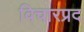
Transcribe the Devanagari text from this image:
विचारप्रद